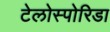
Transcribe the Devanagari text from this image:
टेलोस्पोरिडा